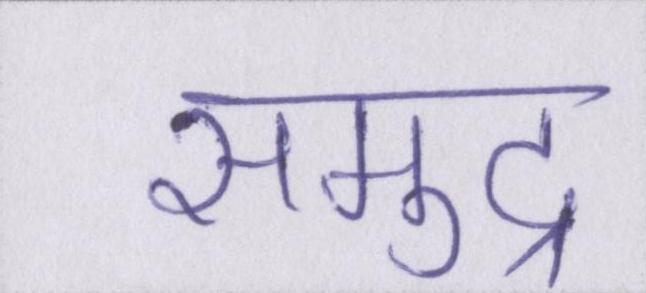
समुद्र